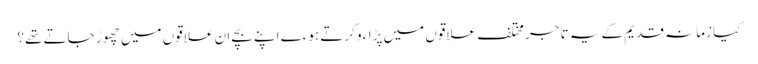
کیا زمانہ قدیم کے یہ تاجر مختلف علاقوں میں پڑاءو کرتے ہوءے اپنے بچے ان علاقوں میں چھوڑ جاتے تھے؟